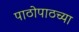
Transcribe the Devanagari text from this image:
पाठोपाठच्या